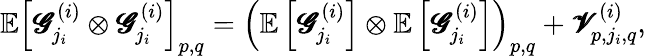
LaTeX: \mathbb{E}\left[\pmb{\mathscr{G}}_{j_{i}}^{(i)}\otimes\pmb{\mathscr{G}}_{j_{i}}^{(i)}\right]_{p,q}=\left(\mathbb{E}\left[\pmb{\mathscr{G}}_{j_{i}}^{(i)}\right]\otimes\mathbb{E}\left[\pmb{\mathscr{G}}_{j_{i}}^{(i)}\right]\right)_{p,q}+\pmb{\mathscr{V}}_{p,j_{i},q}^{(i)},